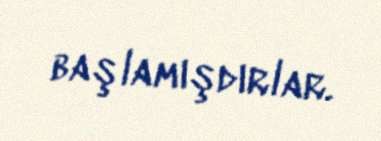
başlamışdırlar.